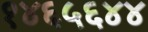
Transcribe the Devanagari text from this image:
१४६५६४४